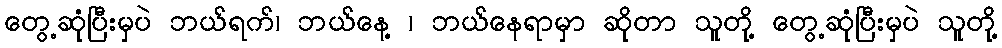
တွေ့ဆုံပြီးမှပဲ ဘယ်ရက်၊ ဘယ်နေ့ ၊ ဘယ်နေရာမှာ ဆိုတာ သူတို့ တွေ့ဆုံပြီးမှပဲ သူတို့